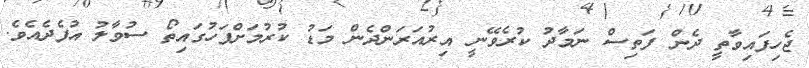
ޖެހިފައިވާތީ ދެން ފަތިސް ނަމާދު ކުރެވޭނީ އިރުއަރަންދެން މަޑު ކުރުމަށްފަހުގައިތޯ ސުވާލު އުފެދެއެވެ.